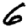
Digit: 6